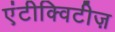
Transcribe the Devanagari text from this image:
एंटीक्विटीज़